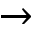
\rightarrow